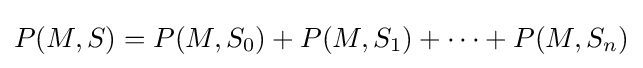
P(M,S)=P(M,S_{0})+P(M,S_{1})+\dots +P(M,S_{n})